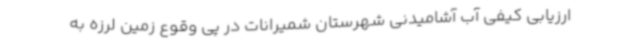
ارزیابی کیفی آب آشامیدنی شهرستان شمیرانات در پی وقوع زمین لرزه به